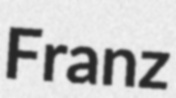
Franz